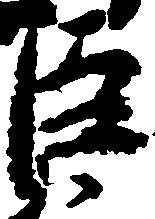
臣